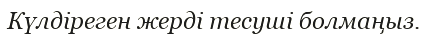
Күлдіреген жерді тесуші болмаңыз.